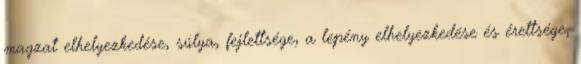
magzat elhelyezkedése, súlya, fejlettsége, a lepény elhelyezkedése és érettsége,